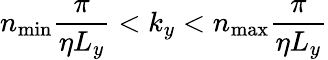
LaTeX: n_{\mathrm{min}}\frac{\pi}{\eta L_{y}}<k_{y}<n_{\mathrm{max}}\frac{\pi}{\eta L_{y}}